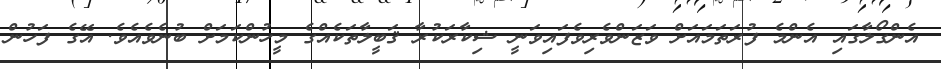
އެންގޯޯލާގައި އެންމެ ފުރަތަމައަށް ވަޒަންވެރިވެފައިވަނީ ޝިކާރަކުރާ ޤަބީލާތަކެއްގެ މީހުންކަމަށް ބުނެވެއެވެ. އޭގެ ފަހުން